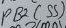
Text: PB2